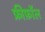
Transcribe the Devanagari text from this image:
फ्रीफ़ॉल